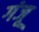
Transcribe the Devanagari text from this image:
गंजू